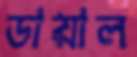
ডায়াল